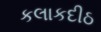
કલાકદીઠ